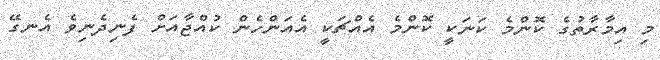
މި އިމާރާތުގެ ކޮންމެ ކަނަކީ ކޮންމެ އެއްޗަކީ އެއަންހެން ކުއްޖާއަށް ފެނިދެނިވެ އެނގޭ